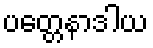
ပတ္တေနာဒါယ